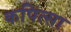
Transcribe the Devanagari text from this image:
कपित्सा